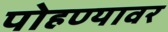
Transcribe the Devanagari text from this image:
पोहण्यावर